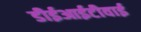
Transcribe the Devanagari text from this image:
डीईआईटीवाई